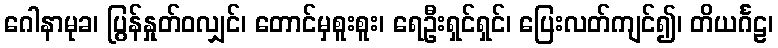
ဂေါနာမုခ၊ ပြွန်နှုတ်ဝလျှင်၊ တောင်မှစူးစူး၊ ရေဦးရှင်ရှင်၊ ပြေးလတ်ကျင်၍၊ တိယင်္ဂဠ၊